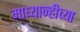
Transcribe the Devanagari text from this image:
माध्यान्हीच्या